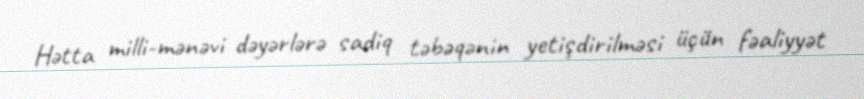
Hətta milli-mənəvi dəyərlərə sadiq təbəqənin yetişdirilməsi üçün fəaliyyət